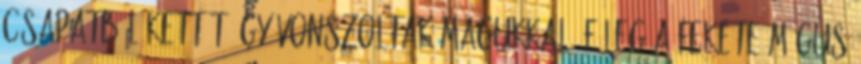
csapatból kettőt úgy vonszoltak magukkal, főleg a fekete mágus